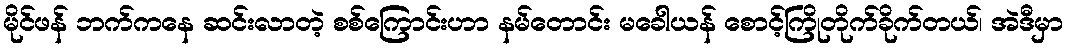
မိုင်ဖန် ဘက်ကနေ ဆင်းလာတဲ့ စစ်ကြောင်းဟာ နမ်တောင်း မခေါယန် စောင့်ကြိုတိုက်ခိုက်တယ်၊ အဲဒီမှာ